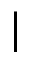
|